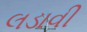
લડાવી